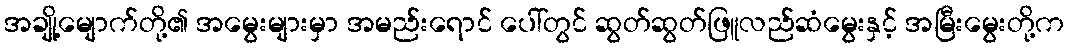
အချို့မျောက်တို့၏ အမွေးများမှာ အမည်းရောင် ပေါ်တွင် ဆွတ်ဆွတ်ဖြူလည်ဆံမွေးနှင့် အမြီးမွေးတို့က